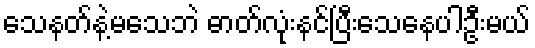
သေနတ်နဲ့မသေဘဲ ဓာတ်လုံးနင်ပြီးသေနေပါဦးမယ်